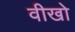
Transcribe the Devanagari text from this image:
वीखो